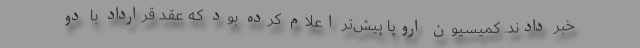
خبر دادند. کمیسیون اروپا پیش‌تر اعلام کرده بود که عقد قرارداد با دو